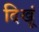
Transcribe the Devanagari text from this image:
दिखूं